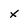
Character: x